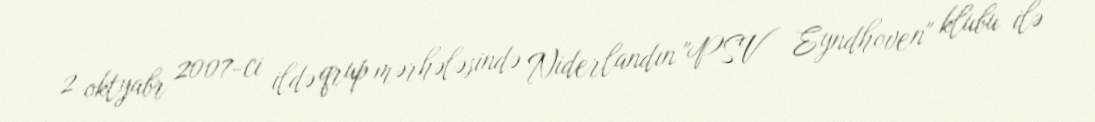
2 oktyabr 2007-ci ildə qrup mərhələsində Niderlandın "PSV Eyndhoven" klubu ilə